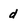
Character: d